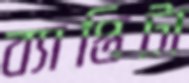
ব্যাপ্তিটা